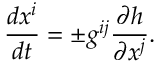
{ \frac { d x ^ { i } } { d t } } = \pm g ^ { i j } { \frac { \partial h } { \partial x ^ { j } } } .